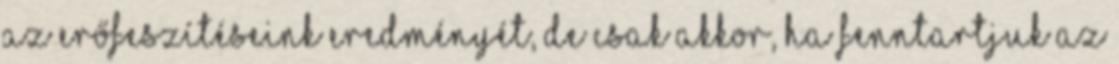
az erőfeszítéseink eredményét, de csak akkor, ha fenntartjuk az